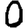
Digit: 0